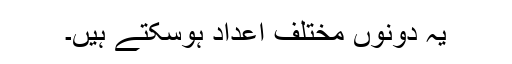
یہ دونوں مختلف اعداد ہوسکتے ہیں۔